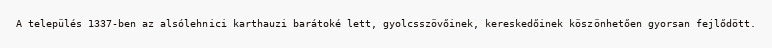
A település 1337-ben az alsólehnici karthauzi barátoké lett, gyolcsszövőinek, kereskedőinek köszönhetően gyorsan fejlődött.